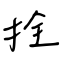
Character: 拴